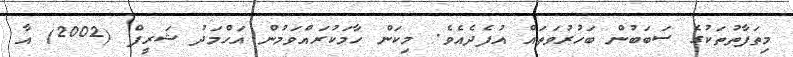
މިތަފާތުތަކުގެ ސަބަބުން ބަހުރުވަތައް އުފެދެއެވެ. މިކަން ހާމަކުރައްވަމުން އަހްމަދު ޝަރީފް (2002) އާ